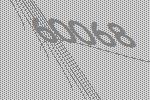
60068